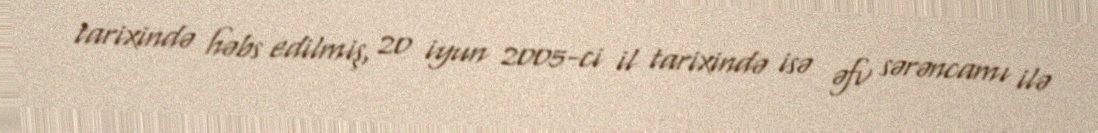
tarixində həbs edilmiş, 20 iyun 2005-ci il tarixində isə əfv sərəncamı ilə